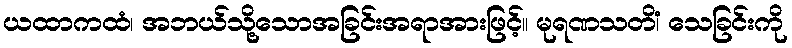
ယထာကထံ၊ အဘယ်သို့သောအခြင်းအရာအားဖြင့်။ မုရဏသတိံ၊ သေခြင်းကို